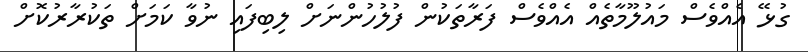
ގުޅޭ އެއްވެސް މައުލޫމާތެއް އެއްވެސް ފަރާތަކުން ފުލުހުންނަށް ލިބިފައި ނުވާ ކަމަށް ތަކުރާރުކޮށް